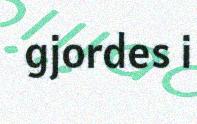
gjordes i